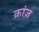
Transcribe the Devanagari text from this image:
क्रांज़